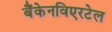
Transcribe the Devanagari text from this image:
बैंकेनविएरटेल